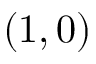
( 1 , 0 )